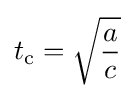
t_{\text{c}}={\sqrt {\frac {a}{c}}}